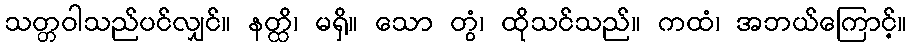
သတ္တဝါသည်ပင်လျှင်။ နတ္ထိ၊ မရှိ။ သော တွံ၊ ထိုသင်သည်။ ကထံ၊ အဘယ်ကြောင့်။